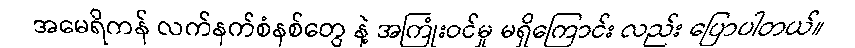
အမေရိကန် လက်နက်စံနစ်တွေ နဲ့ အကြုံးဝင်မှု မရှိကြောင်း လည်း ပြောပါတယ်။